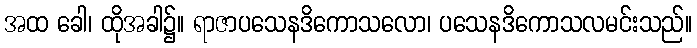
အထ ခေါ၊ ထိုအခါ၌။ ရာဇာပသေနဒိကောသလော၊ ပသေနဒိကောသလမင်းသည်။